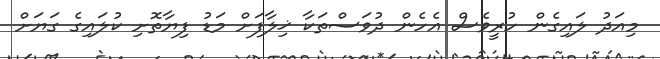
މިއަދު ލައިގެން ހުރީވެސް އެހެން ދުވަސްތަކާ ޚިލާފަށް މަޑު ފިޔާތޮށި ކުލައިގެ ގަޔަށް